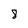
Character: 8